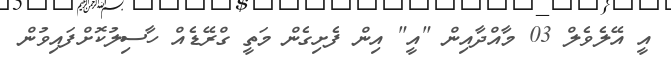
އީ އޭލެވެލް 03 މާއްދާއިން "އީ" އިން ފެށިގެން މަތީ ގްރޭޑެއް ހާސިލުކޮށްފައިވުން